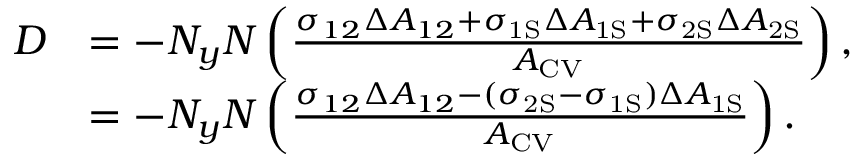
\begin{array} { r l } { D } & { = - N _ { y } N \left( \frac { \sigma _ { 1 2 } \Delta A _ { 1 2 } + \sigma _ { \mathrm { { 1 S } } } \Delta A _ { \mathrm { 1 S } } + \sigma _ { \mathrm { { 2 S } } } \Delta A _ { \mathrm { 2 S } } } { A _ { \mathrm { { C V } } } } \right) , } \\ & { = - N _ { y } N \left( \frac { \sigma _ { 1 2 } \Delta A _ { 1 2 } - ( \sigma _ { \mathrm { 2 S } } - \sigma _ { \mathrm { { 1 S } } } ) \Delta A _ { \mathrm { 1 S } } } { A _ { \mathrm { { C V } } } } \right) . } \end{array}